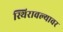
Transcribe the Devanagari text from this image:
स्थिरावल्यावर